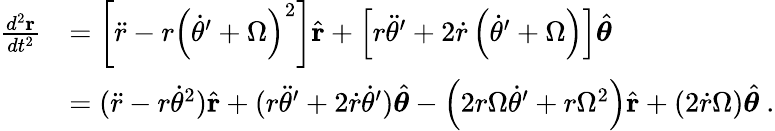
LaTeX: {\begin{array}{rl}{{\frac{d^{2}\mathbf{r}}{dt^{2}}}}&{=\left[{\ddot{r}}-r\left({\dot{\theta}}^{\prime}+\Omega\right)^{2}\right]{\hat{\mathbf{r}}}+\left[r{\ddot{\theta}}^{\prime}+2{\dot{r}}\left({\dot{\theta}}^{\prime}+\Omega\right)\right]{\hat{\boldsymbol{\theta}}}}\\ &{=({\ddot{r}}-r{\dot{\theta}}^{2}){\hat{\mathbf{r}}}+(r{\ddot{\theta}}^{\prime}+2{\dot{r}}{\dot{\theta}}^{\prime}){\hat{\boldsymbol{\theta}}}-\left(2r\Omega{\dot{\theta}}^{\prime}+r\Omega^{2}\right){\hat{\mathbf{r}}}+\left(2{\dot{r}}\Omega\right){\hat{\boldsymbol{\theta}}}\ .}\end{array}}